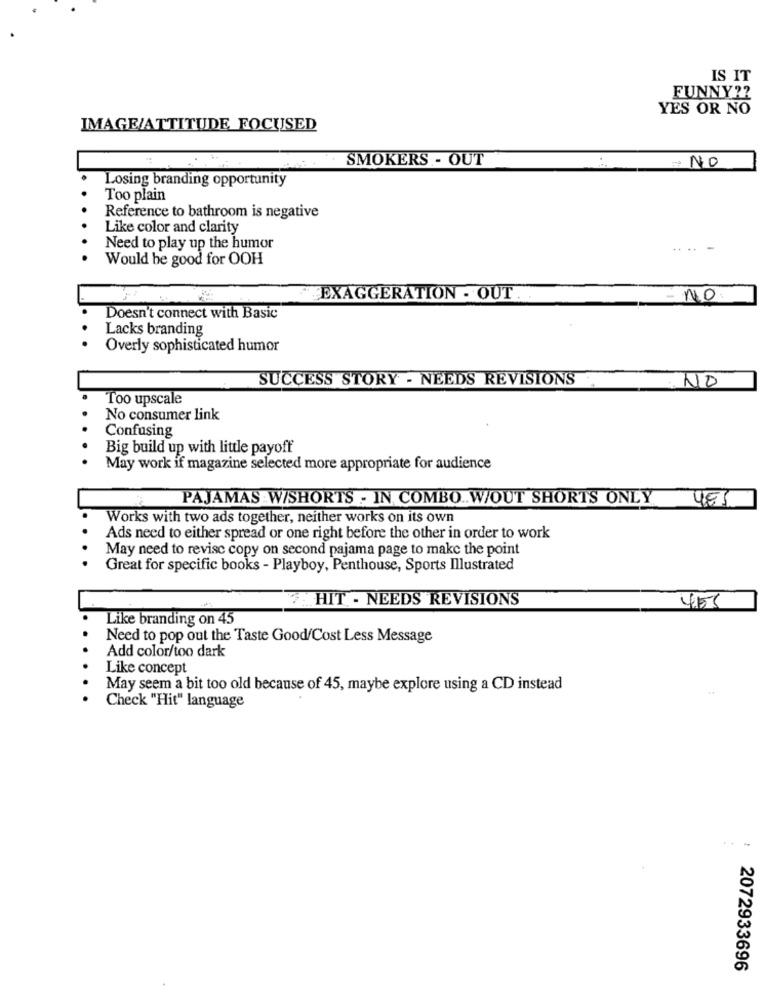
IS IT
FUNNY ??
YES OR NO
IMAGE/ATTITUDE FOCUSED
SMOKERS - OUT
EP NO
Losing branding opportunity
Too plain
Reference to bathroom is negative
Like color and clarity
Need to play up the humor
.... -
Would be good for OOH
EXAGGERATION - OUT.
- NO.
Doesn't connect with Basic
Lacks branding
Overly sophisticated humor
SUCCESS STORY - NEEDS REVISIONS
NO
Too upscale
No consumer link
Confusing
Big build up with little payoff
May work if magazine selected more appropriate for audience
PAJAMAS W/SHORTS - IN COMBO .. W/OUT SHORTS ONLY
485
Works with two ads together, neither works on its own
Ads need to either spread or one right before the other in order to work
May need to revise copy on second pajama page to make the point
Great for specific books - Playboy, Penthouse, Sports Illustrated
7. HIT - NEEDS REVISIONS
455
Like branding on 45
Need to pop out the Taste Good/Cost Less Message
Add color/too dark
Like concept
May seem a bit too old because of 45, maybe explore using a CD instead
Check "Hit" language
....
2072933696